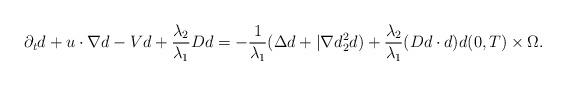
LaTeX: \begin{align*}\partial_td + u \cdot \nabla d - Vd + \frac{\lambda_2}{\lambda_1}Dd = -\frac{1}{\lambda_1}(\Delta d + |\nabla d_2^2d) + \frac{\lambda_2}{\lambda_1}(Dd \cdot d)d (0,T) \times \Omega.\end{align*}